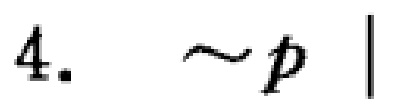
$4.\quad \sim p \mid$